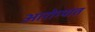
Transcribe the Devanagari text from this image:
आरोग्यात